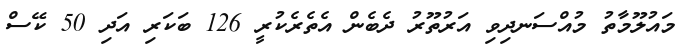
މައުލޫމާތު މުއްސަނދިވި އަރުތޫރު ދެބެން އެތެރެކުރީ 126 ބަކަރި އަދި 50 ކޭސް